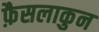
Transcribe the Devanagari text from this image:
फ़ैसलाकुन